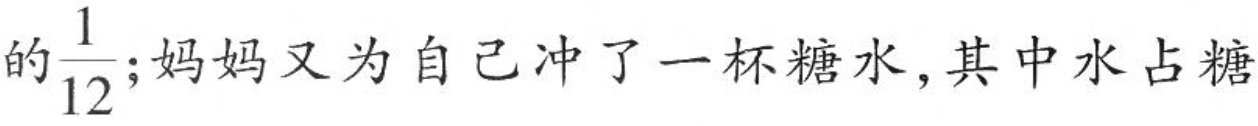
的 \frac{1}{12} ；妈妈又为自己冲了一杯糖水，其中水占糖